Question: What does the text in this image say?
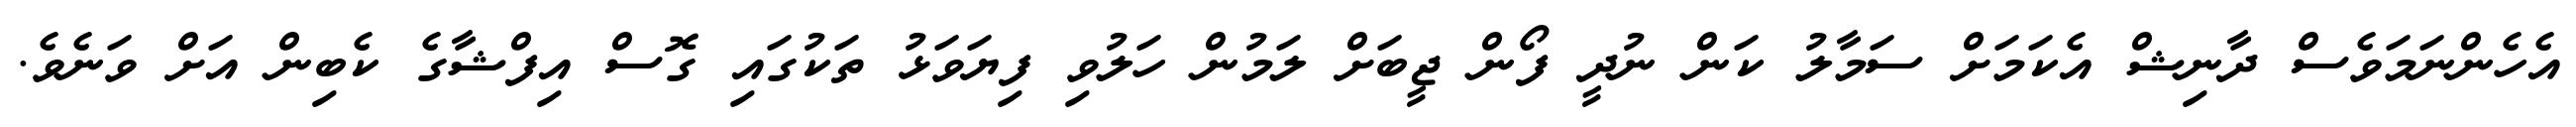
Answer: އެހެންނަމަވެސް ދާނިޝް އެކަމަށް ސަމާލު ކަން ނުދީ ފޯން ޖީބަށް ލަމުން ހަލުވި ފިޔަވަޅު ތަކުގައި ގޮސް އިފްޝާގެ ކެބިން އަށް ވަނެވެ.